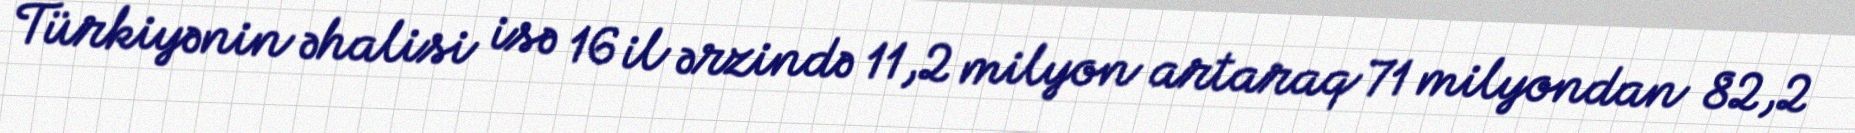
Türkiyənin əhalisi isə 16 il ərzində 11,2 milyon artaraq 71 milyondan 82,2